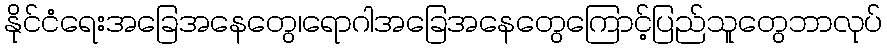
နိုင်ငံရေးအခြေအနေတွေ၊ရောဂါအခြေအနေတွေကြောင့်ပြည်သူတွေဘာလုပ်